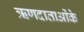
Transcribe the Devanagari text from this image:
ऋणदाताओंके